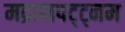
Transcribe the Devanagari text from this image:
मद्रासपट्ट्नम